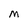
Character: M